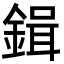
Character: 鍓